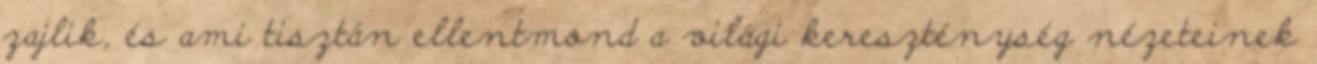
zajlik, és ami tisztán ellentmond a világi kereszténység nézeteinek